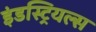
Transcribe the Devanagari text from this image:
इंडस्ट्रियल्स